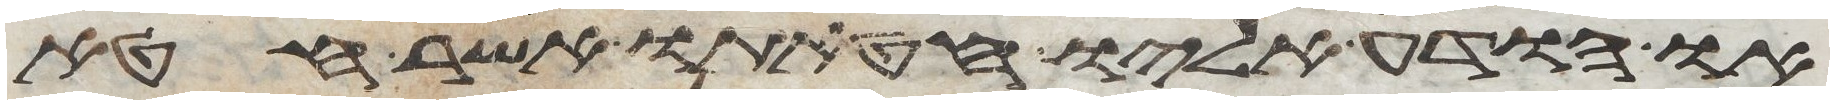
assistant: או הודע אליו חטאתו אשר חטא